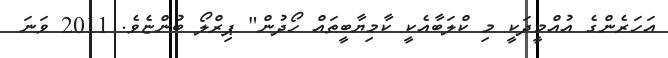
އަހަރެންގެ އުއްމީދަކީ މި ކްލަބާއެކީ ކާމިޔާބީތައް ހޯދުން" ޕިރްލޯ ބުންޏެވެ. 2011 ވަނަ